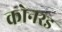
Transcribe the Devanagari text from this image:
कोनरड